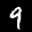
Label: 9